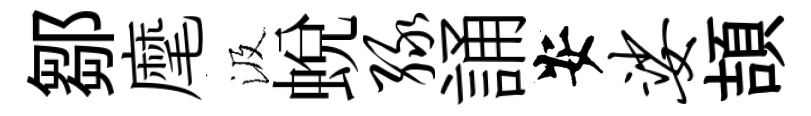
鄒麾汲蛻绿誦安娑頡